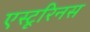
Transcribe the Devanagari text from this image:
एस्टूरिनस